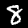
Digit: 8